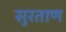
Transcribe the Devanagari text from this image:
सुरताण